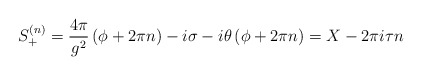
\begin{align*}S^{(n)}_{+}=\frac{4\pi}{g^{2}}\left(\phi + 2\pi n\right) -i\sigma-i\theta\left(\phi+2\pi n\right)= X-2\pi i \tau n\end{align*}